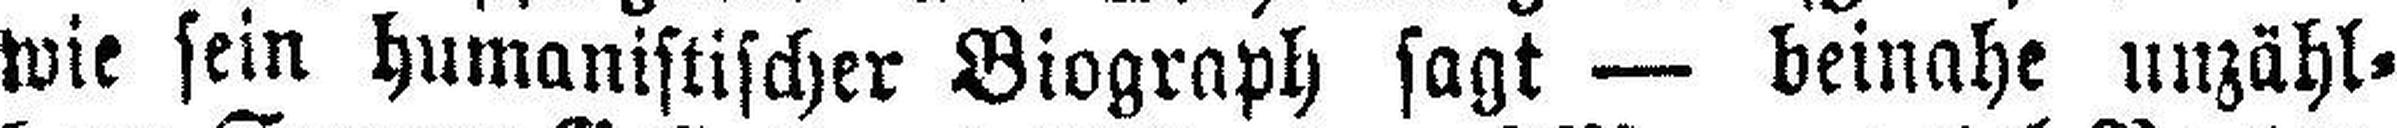
wie sein humanistischer Biograph sagt — beinahe unzähl¬